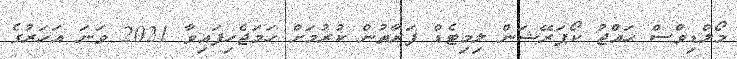
މޯލްޑިވްސް ޙައްޖު ކޯޕަރޭޝަން ލިމިޓެޑް ފަރާތުން ކުރުމަށް ހަމަޖެހިފައިވާ 2021 ވަނަ އަހަރުގެ